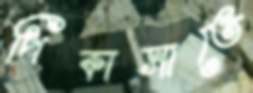
পিকাসাতে